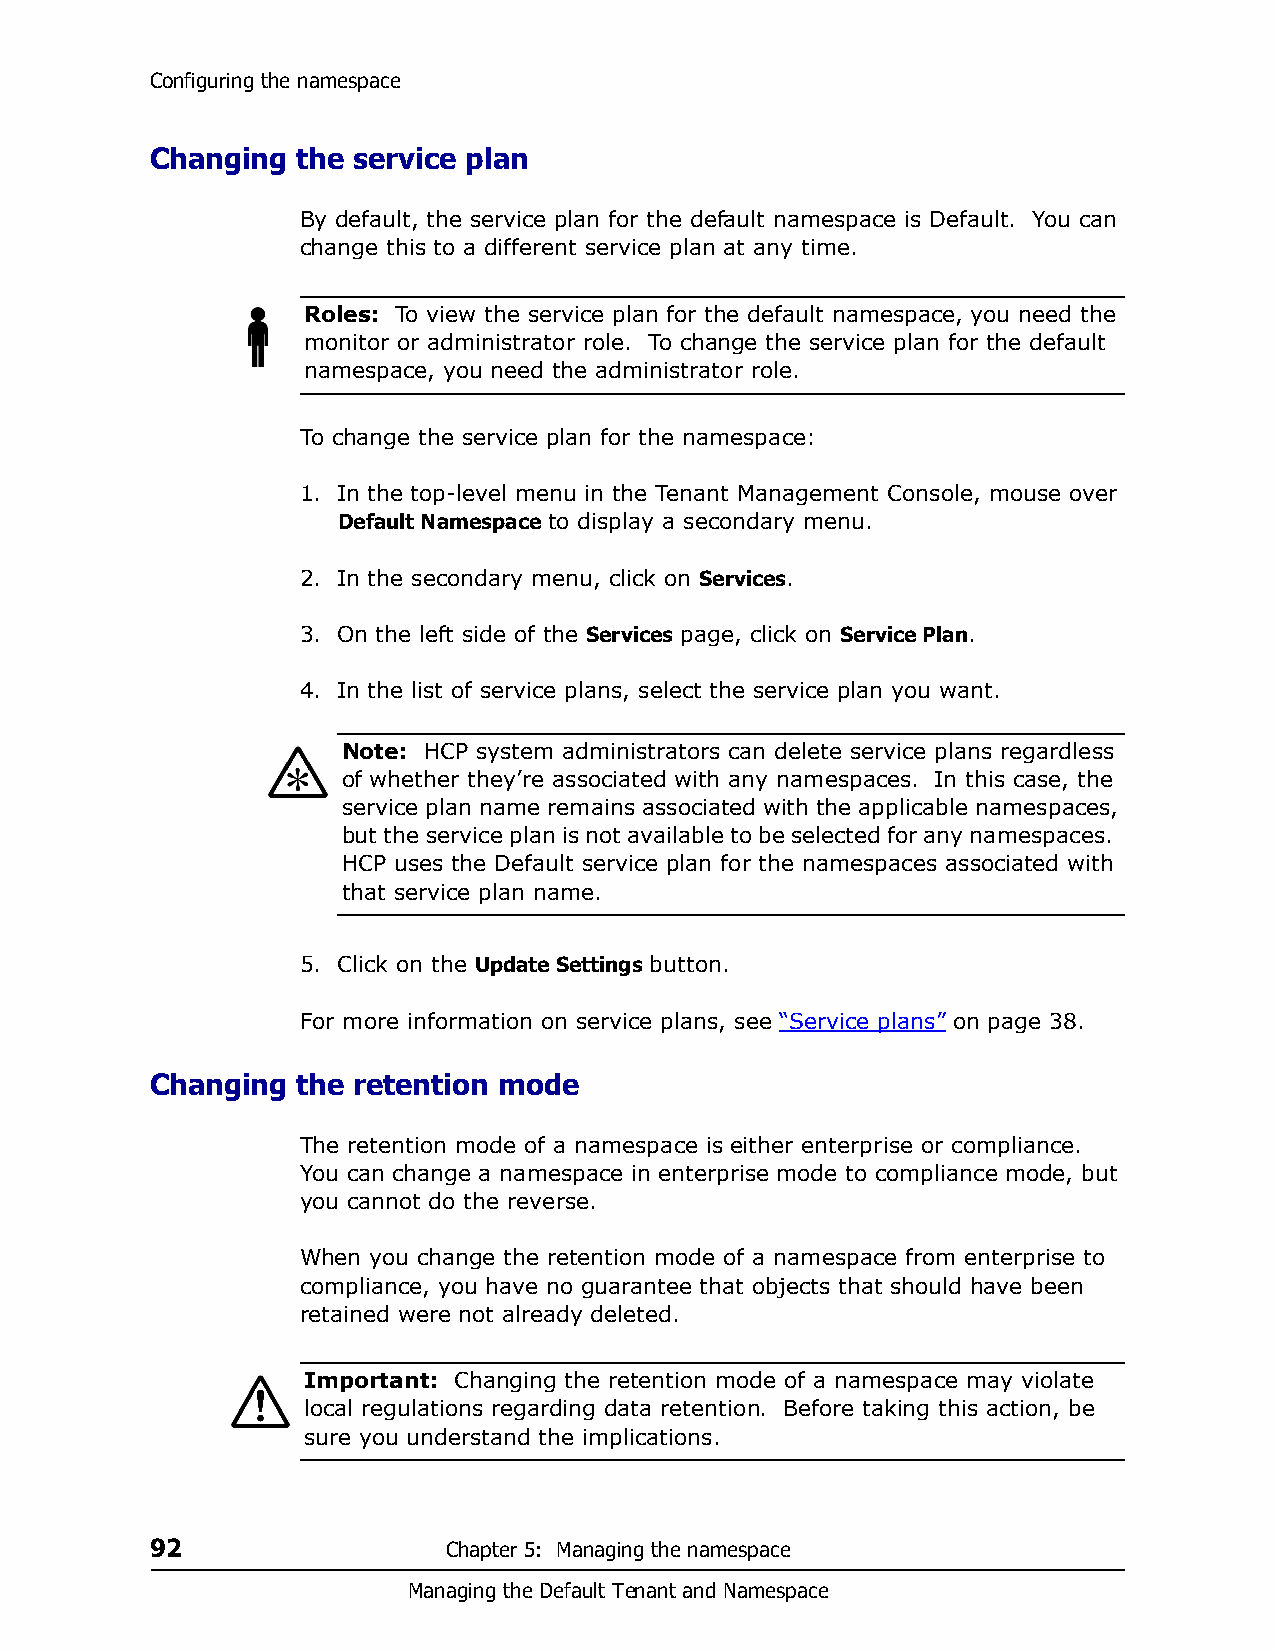
Configuring the namespace
 Changing  the service plan
 By default, the service plan for the default namespace is Default. You can
 change this to a different service plan at any time.
 Roles: To view the service plan for the default namespace, you need the
 monitor or administrator role. To change the service plan for the default
 namespace, you need the administrator role.
 To change the service plan for the namespace:
 1. In the top-level menu in the Tenant Management Console, mouse over
 Default Namespace to display a secondary menu.
 2. In the secondary menu, click on Services.
 3. On the left side of the Services page, click on Service Plan.
 4. In the list of service plans, select the service plan you want.
 Note: HCP system administrators can delete service plans regardless
 of whether they’re associated with any namespaces. In this case, the
 service plan name remains associated with the applicable namespaces,
 but the service plan is not available to be selected for any namespaces.
 HCP uses the Default service plan for the namespaces associated with
 that service plan name.
 5. Click on the Update Settings button.
 For more information on service plans, see “Service plans” on page 38.
 Changing  the retention mode
 The retention mode of a namespace is either enterprise or compliance.
 You can change a namespace in enterprise mode to compliance mode, but
 you cannot do the reverse.
 When you change the retention mode of a namespace from enterprise to
 compliance, you have no guarantee that objects that should have been
 retained were not already deleted.
 Important: Changing the retention mode of a namespace may violate
 local regulations regarding data retention. Before taking this action, be
 sure you understand the implications.
 92                  Chapter 5: Managing the namespace
 Managing the Default Tenant and Namespace